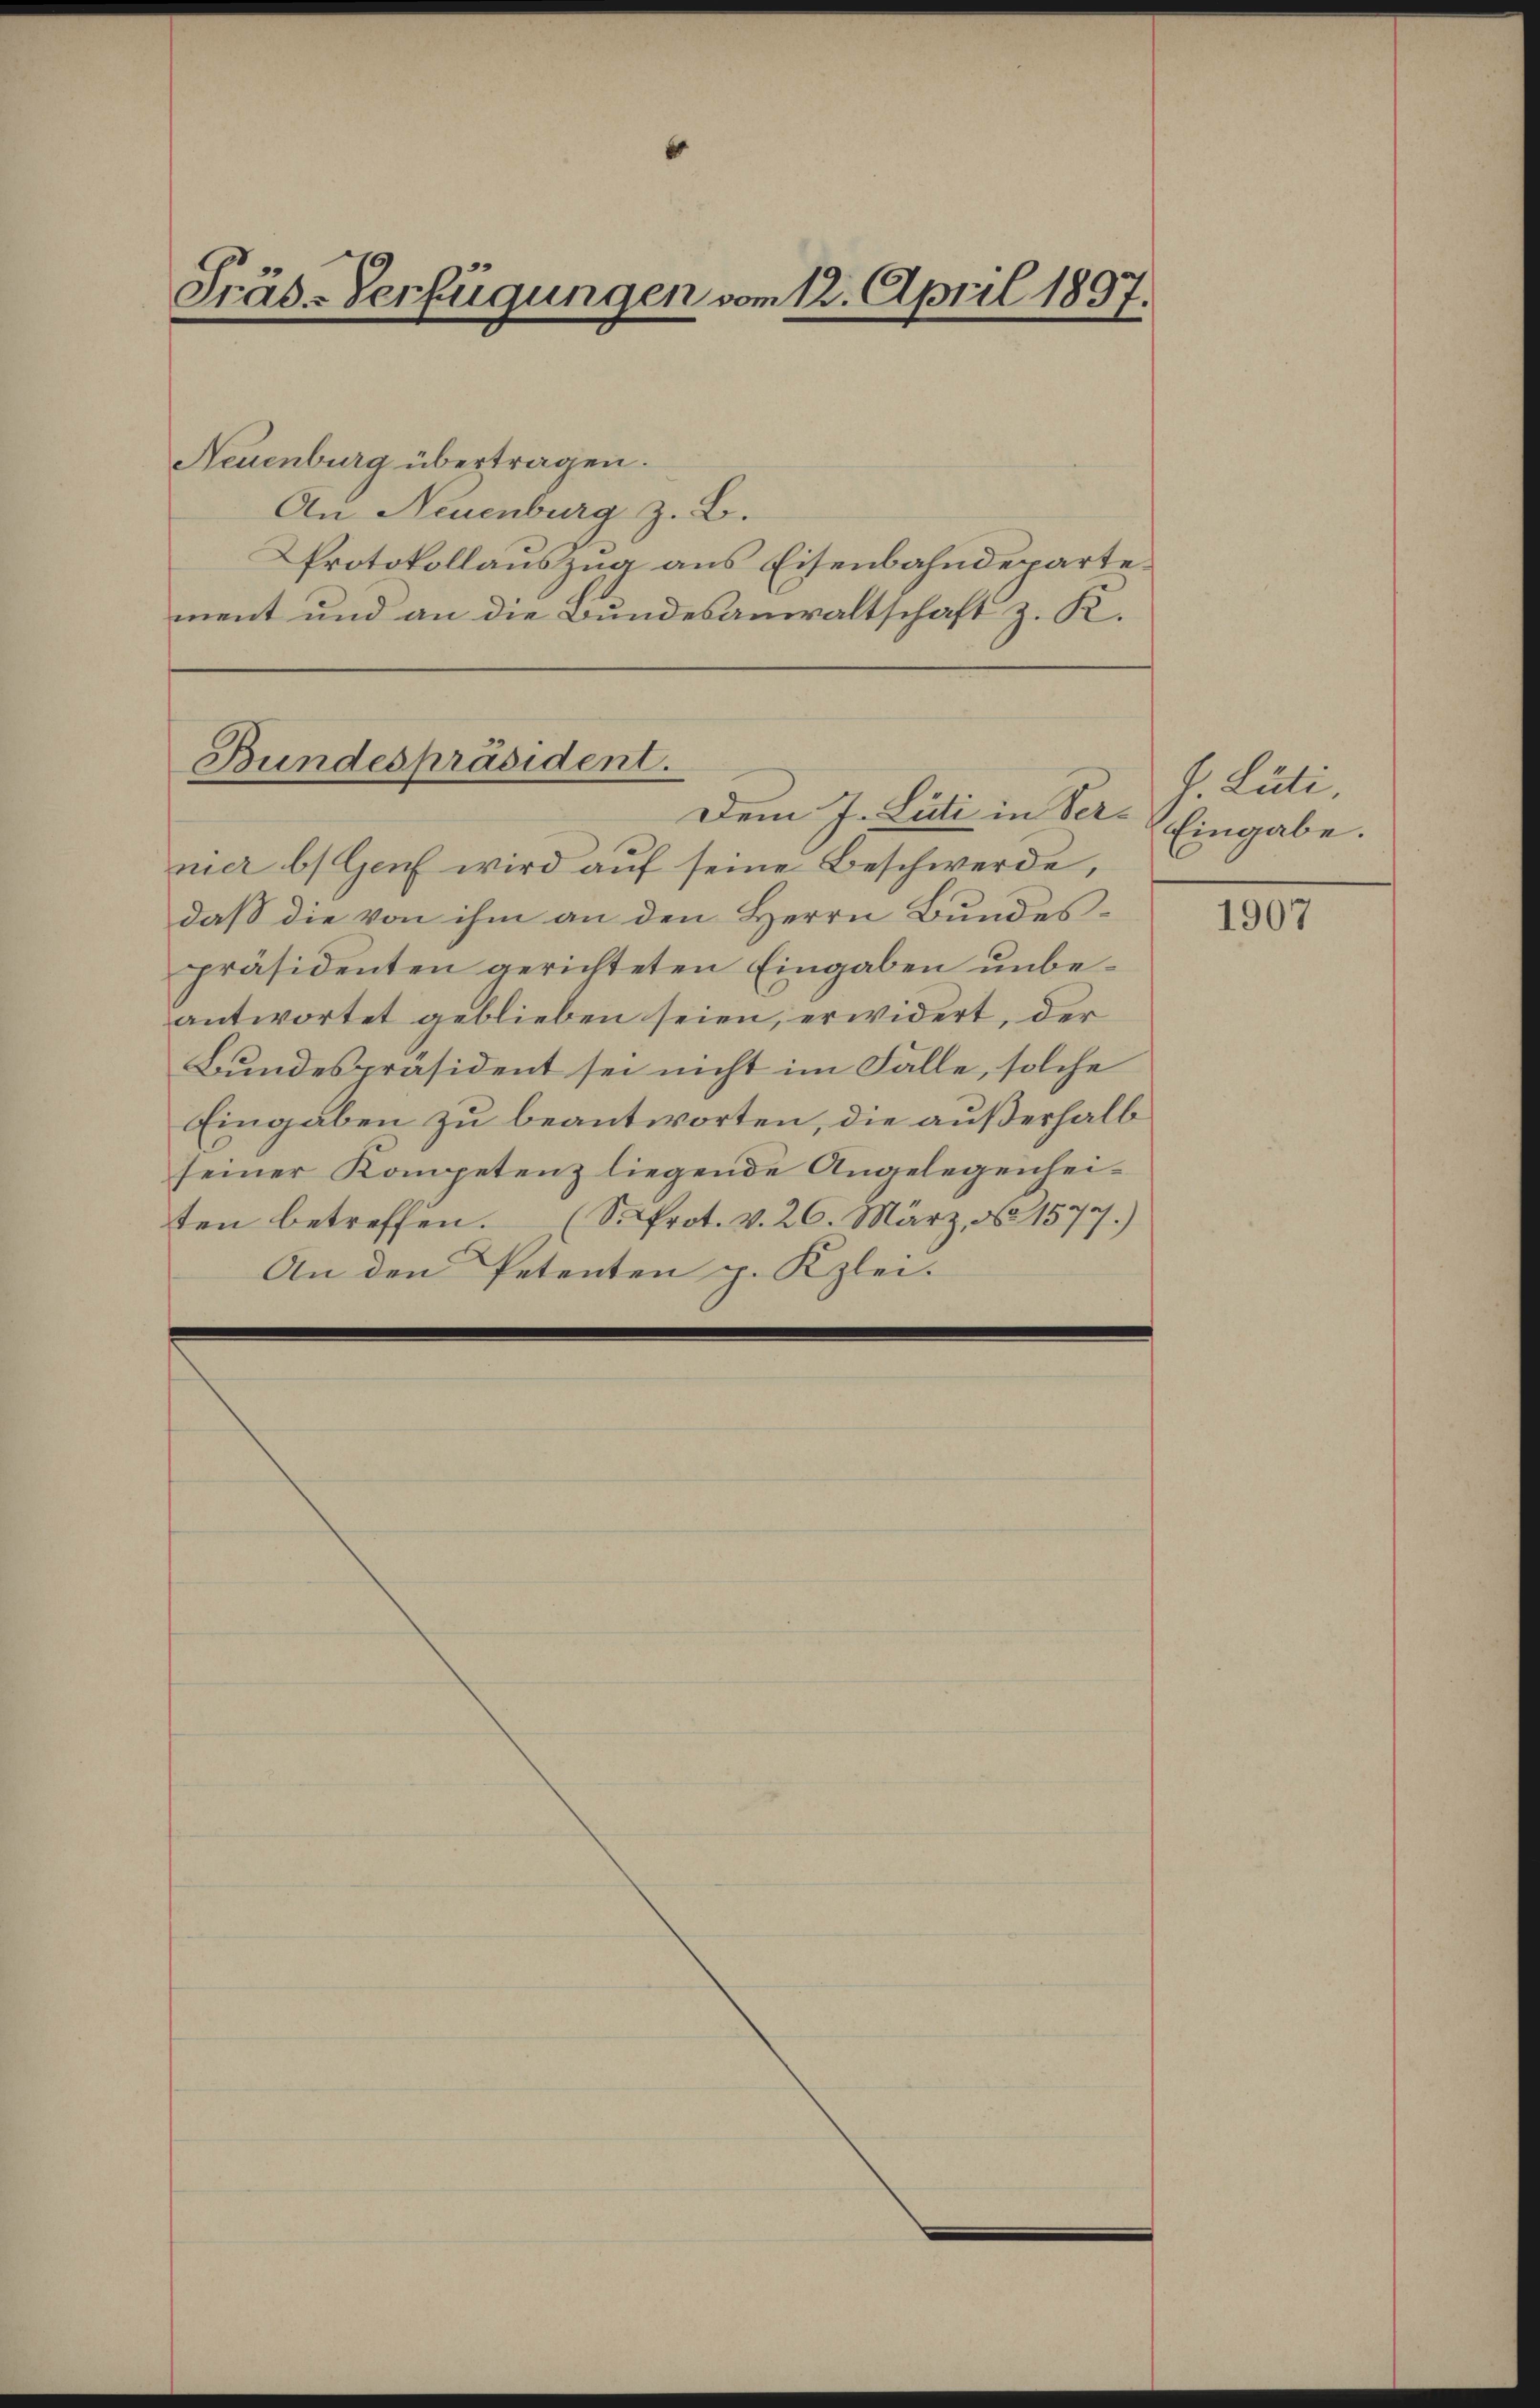
Präs-Verfügungen vom 12. April 1897.

Neuenburg übertragen.
An Neuenburg z. B.
Protokollauszug aus Eisenbahndepartement und an die Bundesanwaltschaft z. K.

Bundespräsident.
Dem J. Luti in Ser. Eingabe.

nier b) Genf wird auf seine Beschwerde,
daß die von ihm an den Herrn Bundespräsidenten gerichteten Eingaben unbeantwortet geblieben seien, erwidert, der
Bundespräsident sei nicht im Falle, solche
Eingaben zu beantworten, die außerhalb
seiner Kompetenz liegende Angelegenheiten betreffen. (So Prot. v. 20. März, No 1579.)
An den Petenten p. Kzlei-

J. Lüti,

1907